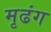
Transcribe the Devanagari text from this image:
मृढंग